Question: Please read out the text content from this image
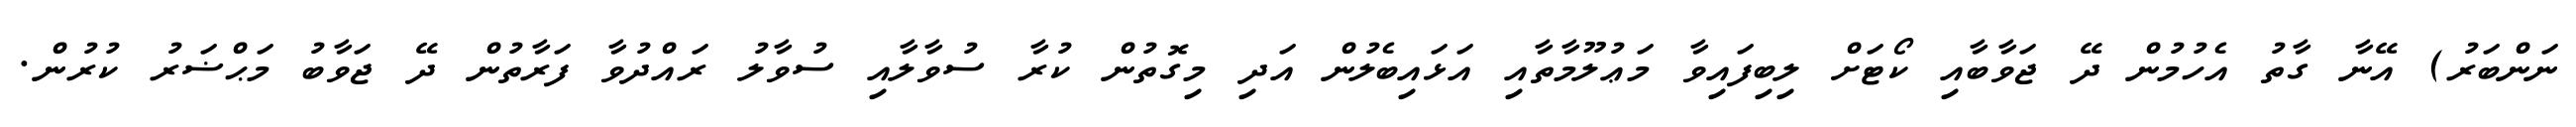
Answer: ނަންބަރު) އޭނާ ގާތު އެހުމުން ދޭ ޖަވާބާއި ކޯޓަށް ލިބިފައިވާ މަޢުލޫމާތާއި އަޅައިބެލުން އަދި މިގޮތުން ކުރާ ސުވާލާއި ސުވާލު ރައްދުވާ ފަރާތުން ދޭ ޖަވާބު މަޙްޟަރު ކުރުން.